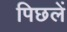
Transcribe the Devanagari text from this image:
पिछलें